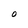
Character: O